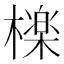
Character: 檪